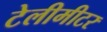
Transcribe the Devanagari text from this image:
टेलीमीटर